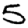
Digit: 5